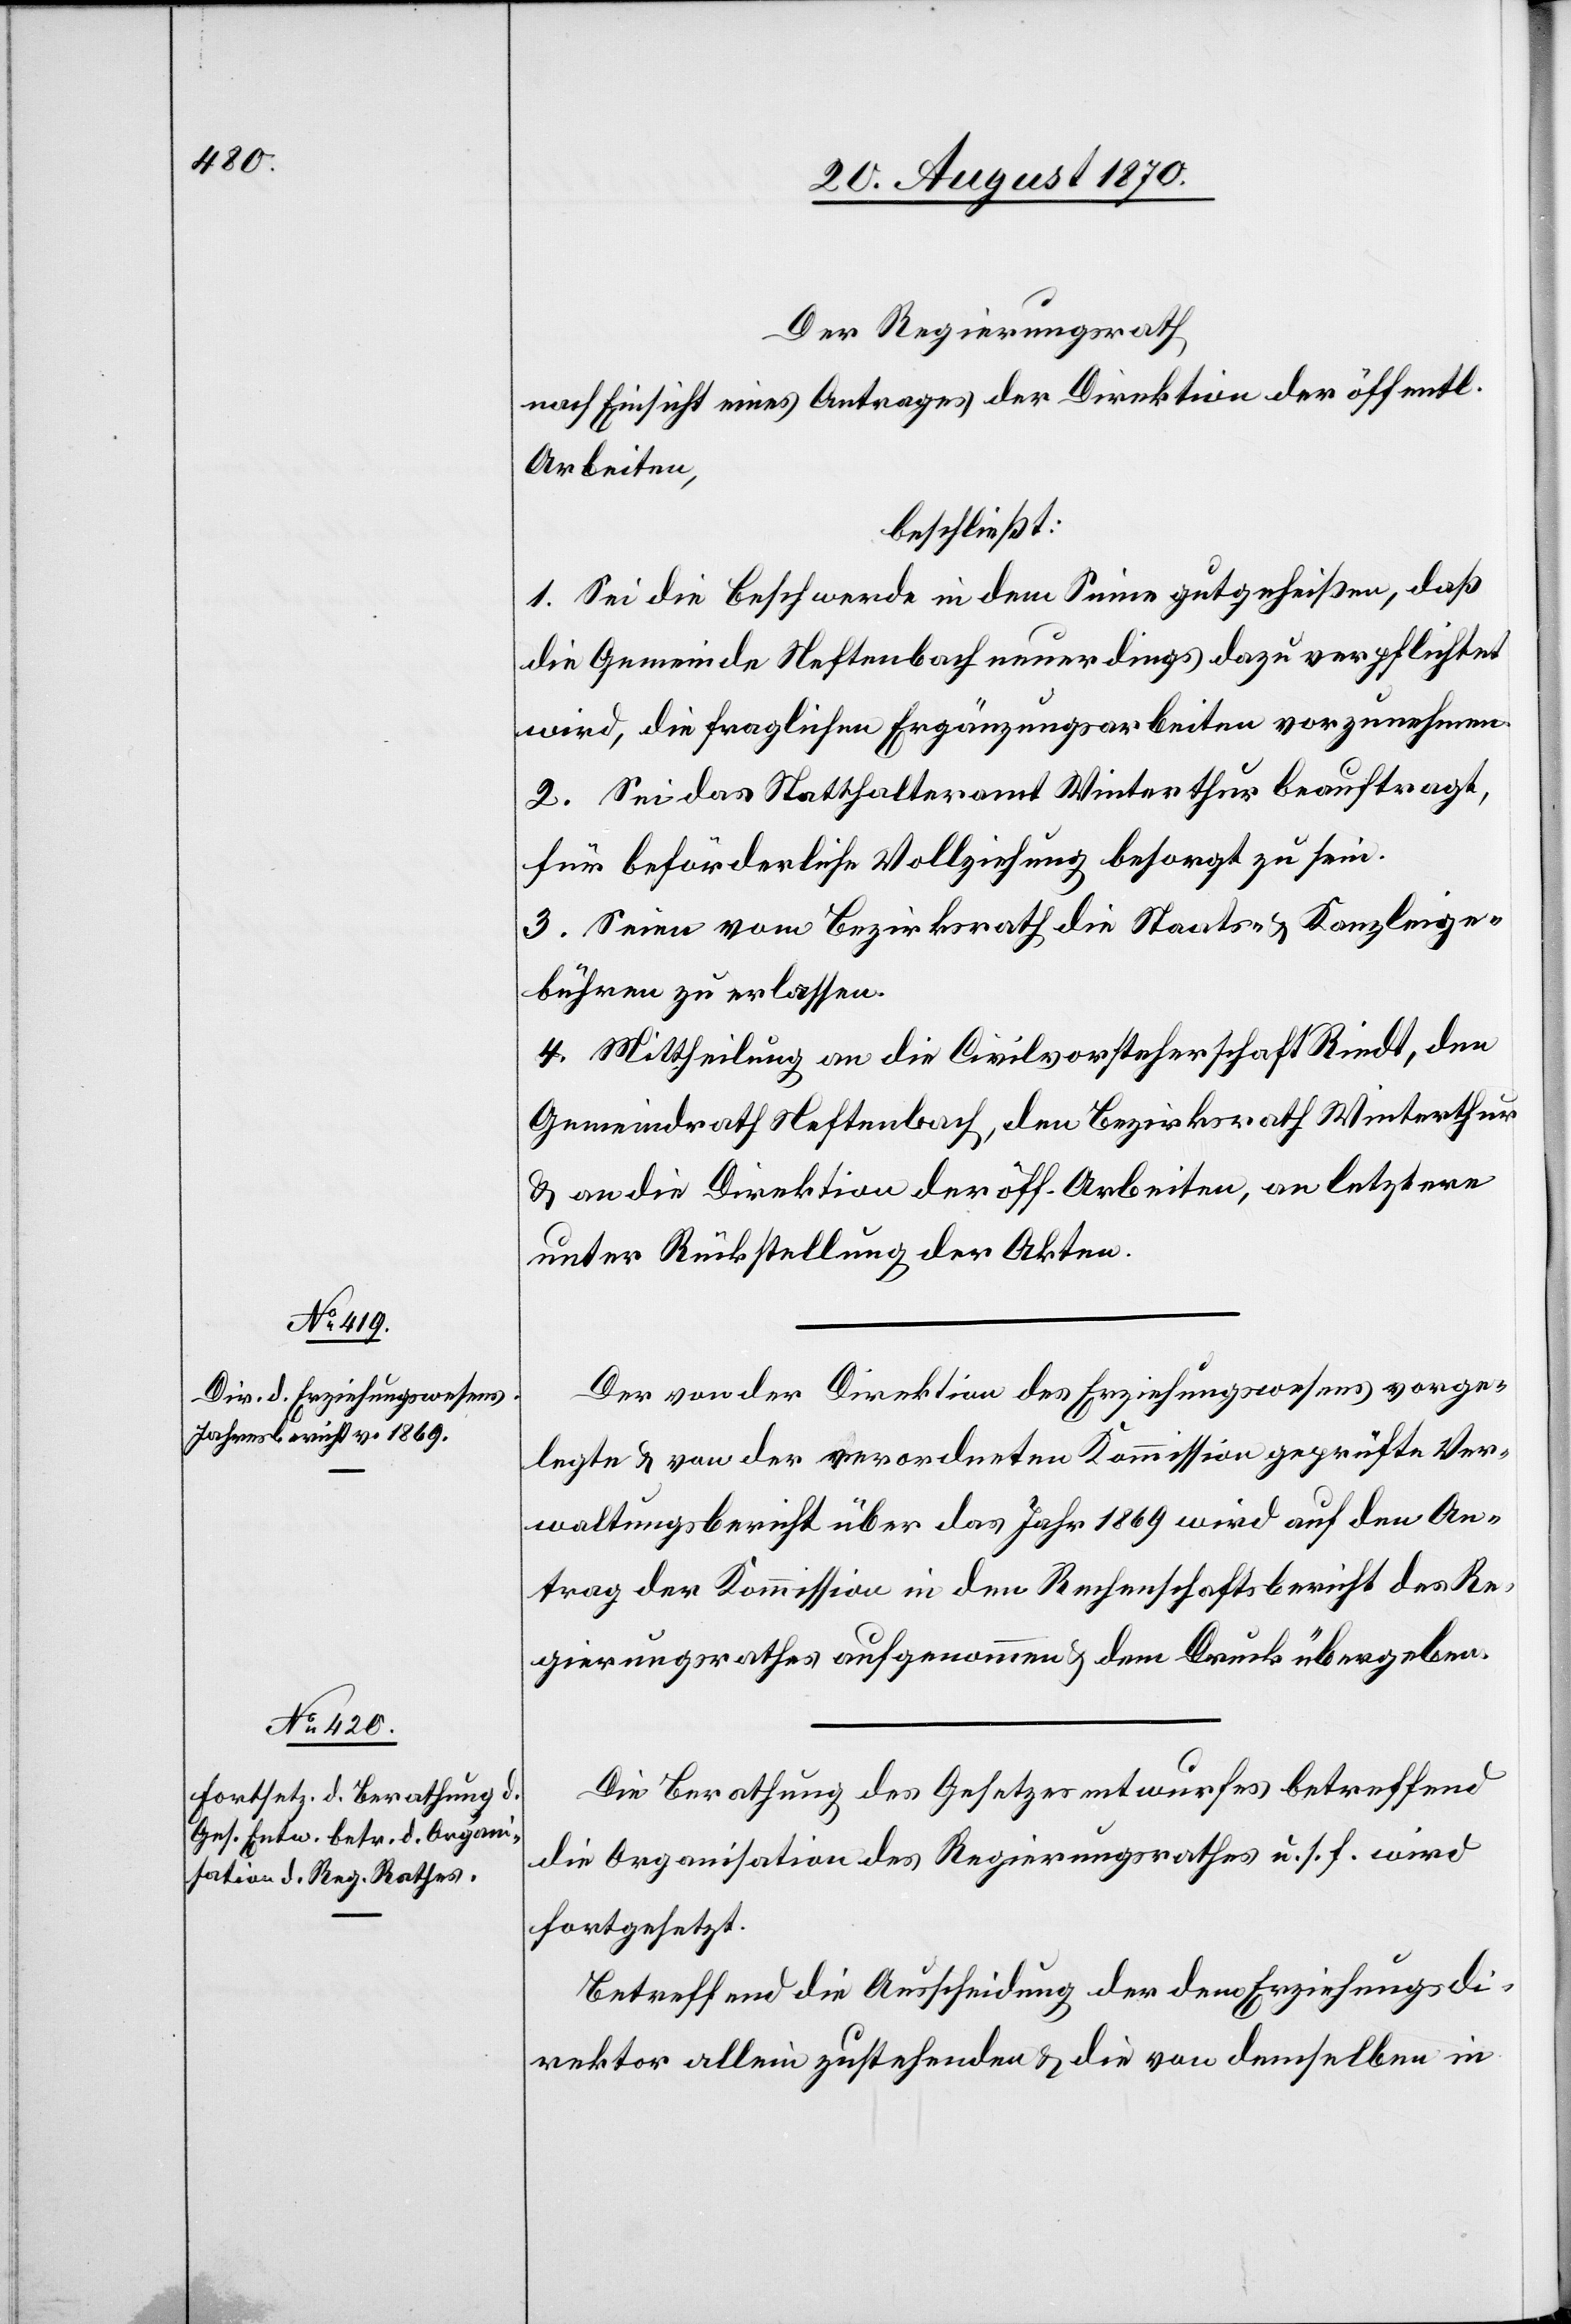
Der Regierungsrath
nach Einsicht eines Antrages der Direktion der öffentl.
Arbeiten,
beschließt:
1. Sei die Beschwerde in dem Sinne gutgeheißen, daß
die Gemeinde Neftenbach neuerdings dazu verpflichtet
wird, die fraglichen Ergänzungsarbeiten vorzunehmen.
2. Sei das Statthalteramt Winterthur beauftragt,
für beförderliche Vollziehung besorgt zu sein.
3. Seien vom Bezirksrath die Staats- & Kanzleige¬
bühren zu erlassen.
4. Mittheilung an die Civilvorsteherschaft Riedt, den
Gemeindrath Neftenbach, den Bezirksrath Winterthur
& an die Direktion der öff. Arbeiten, an letztere
unter Rückstellung der Akten.
Der von der Direktion des Erziehungswesens vorge¬
legte & von der verordneten Kommission geprüfte Ver¬
waltungsbericht über das Jahr 1869 wird auf den An¬
trag der Kommission in den Rechenschaftsbericht des Re¬
gierungsrathes aufgenommen & dem Druck übergeben.
Die Berathung des Gesetzesentwurfes betreffend
die Organisation des Regierungsrath u. s. f. wird
fortgesetzt.
Betreffend die Ausscheidung der dem Erziehungsdi¬
rektor allein zustehenden & die von demselben in